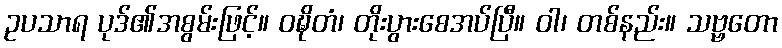
ဥပသာရ ပုဒ်၏အစွမ်းဖြင့်။ ဝဍ္ဎိတံ၊ တိုးပွားစေအပ်ပြီ။ ဝါ၊ တစ်နည်း။ သဗ္ဗတော